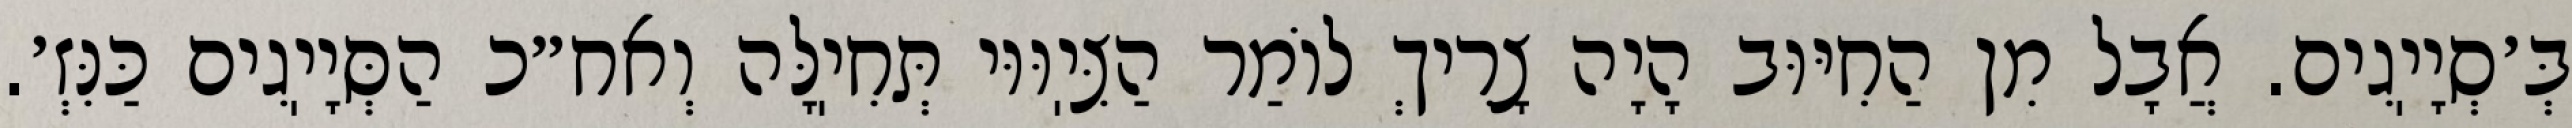
בְּ׳סְיָיֽגִים. אֲבָל מִן הַחִיּוּב הָיָה צָרִיךְ לוֹמַר הַצִּיֽוּוּי תְּחִיֽלָּה וְאח״כ הַסְּיָיֽגִים כַּנִּזְ׳.